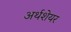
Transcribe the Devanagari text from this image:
अर्थशेयर